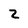
Character: Z